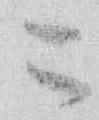
こ